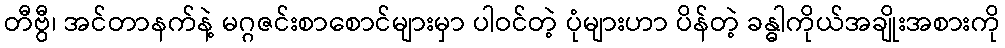
တီဗွီ၊ အင်တာနက်နဲ့ မဂ္ဂဇင်းစာစောင်များမှာ ပါဝင်တဲ့ ပုံများဟာ ပိန်တဲ့ ခန္ဓါကိုယ်အချိုးအစားကို